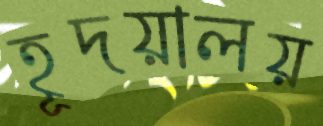
হূদয়ালয়